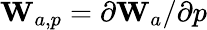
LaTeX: \mathbf{W}_{a,p}=\partial\mathbf{W}_{a}/\partial p